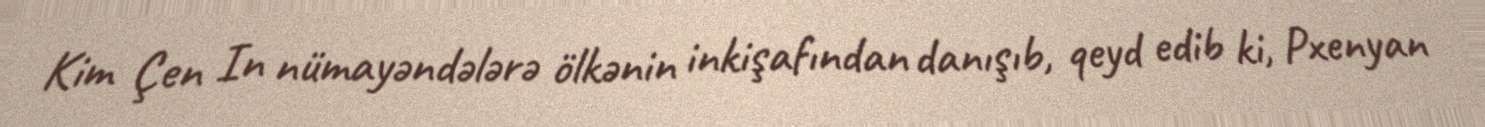
Kim Çen In nümayəndələrə ölkənin inkişafından danışıb, qeyd edib ki, Pxenyan